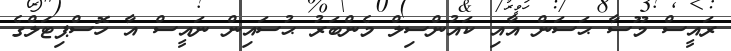
ރައީސް މޫސާ ޙަސަން އާއި ކައުންސިލް މެންބަރު ޙުސައިން ނައީސް އާ ހޮސްޕިޓަލްގެ